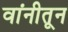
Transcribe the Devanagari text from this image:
वांनीतून